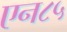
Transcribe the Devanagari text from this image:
एन८५